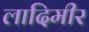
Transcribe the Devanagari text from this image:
लादिमीर